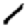
Digit: 1